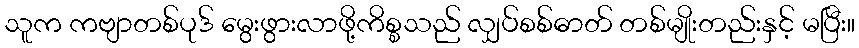
သူက ကဗျာတစ်ပုဒ် မွေးဖွားလာဖို့ကိစ္စသည် လျှပ်စစ်ဓာတ် တစ်မျိုးတည်းနှင့် မပြီး။